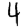
Digit: 4